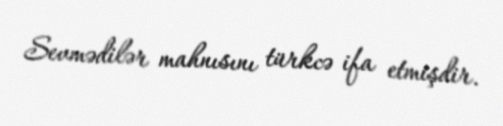
Sevmədilər mahnısını türkcə ifa etmişdir.